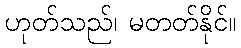
ဟုတ်သည်၊ မတတ်နိုင်။